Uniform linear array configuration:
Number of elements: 24
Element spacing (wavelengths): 0.25
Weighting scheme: hann
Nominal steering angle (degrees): -45
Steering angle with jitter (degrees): -46.209
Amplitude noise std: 0.05
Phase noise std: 0.05

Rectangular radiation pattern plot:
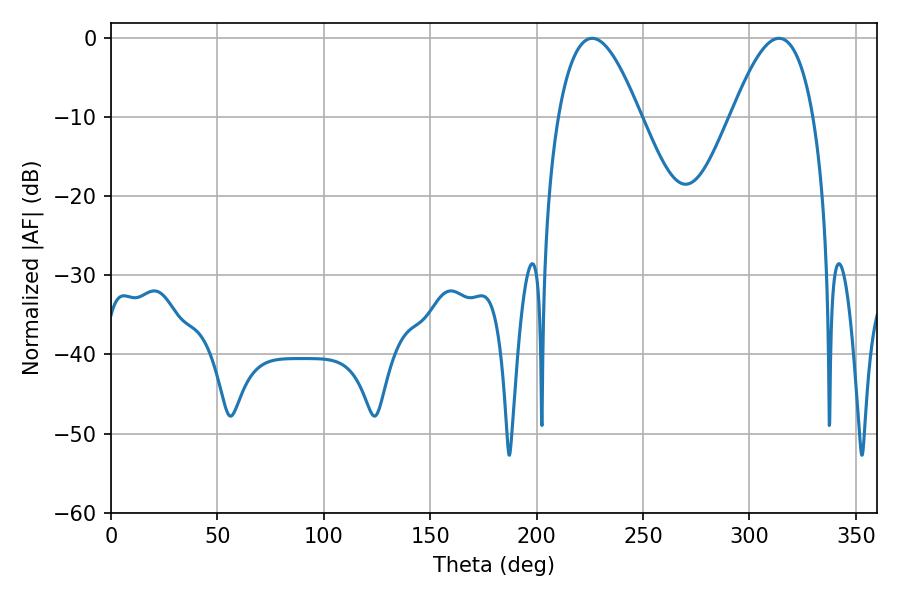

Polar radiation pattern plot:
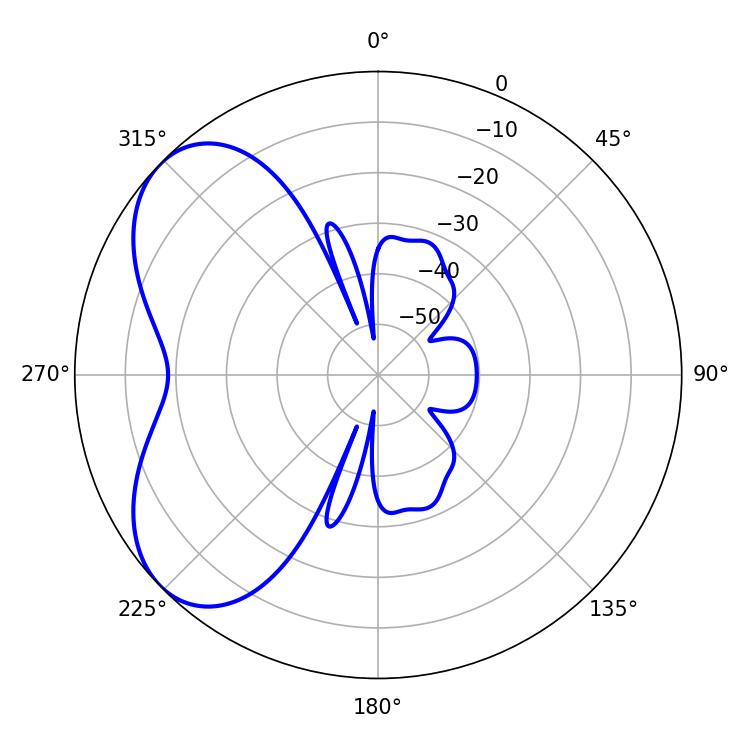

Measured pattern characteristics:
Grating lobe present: FALSE
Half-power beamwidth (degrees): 20.88
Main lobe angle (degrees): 226.08